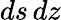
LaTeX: ds\, dz